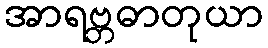
အာရဗ္ဘဓာတုယာ